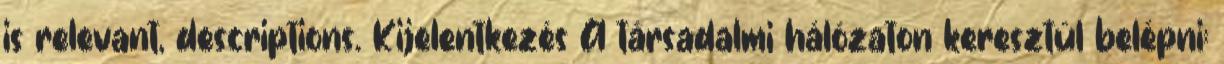
is relevant, descriptions. Kijelentkezés A társadalmi hálózaton keresztül belépni: